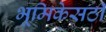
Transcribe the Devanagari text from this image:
भूमिकेसठी